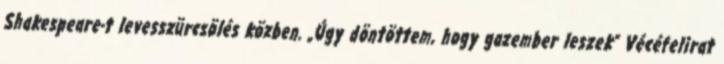
Shakespeare-t levesszürcsölés közben. „Úgy döntöttem, hogy gazember leszek” Vécéfelirat